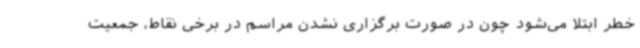
خطر ابتلا می‌شود چون در صورت برگزاری نشدن مراسم در برخی نقاط، جمعیت